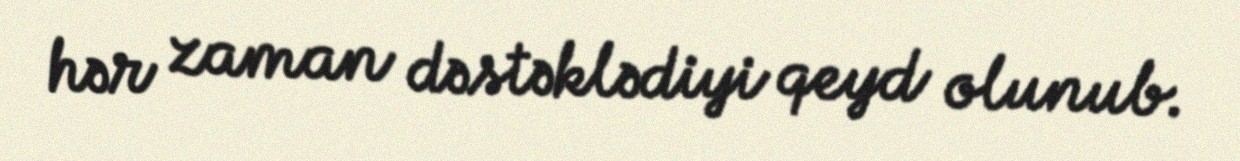
hər zaman dəstəklədiyi qeyd olunub.